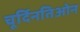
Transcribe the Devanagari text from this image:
चूर्दिनतिओन